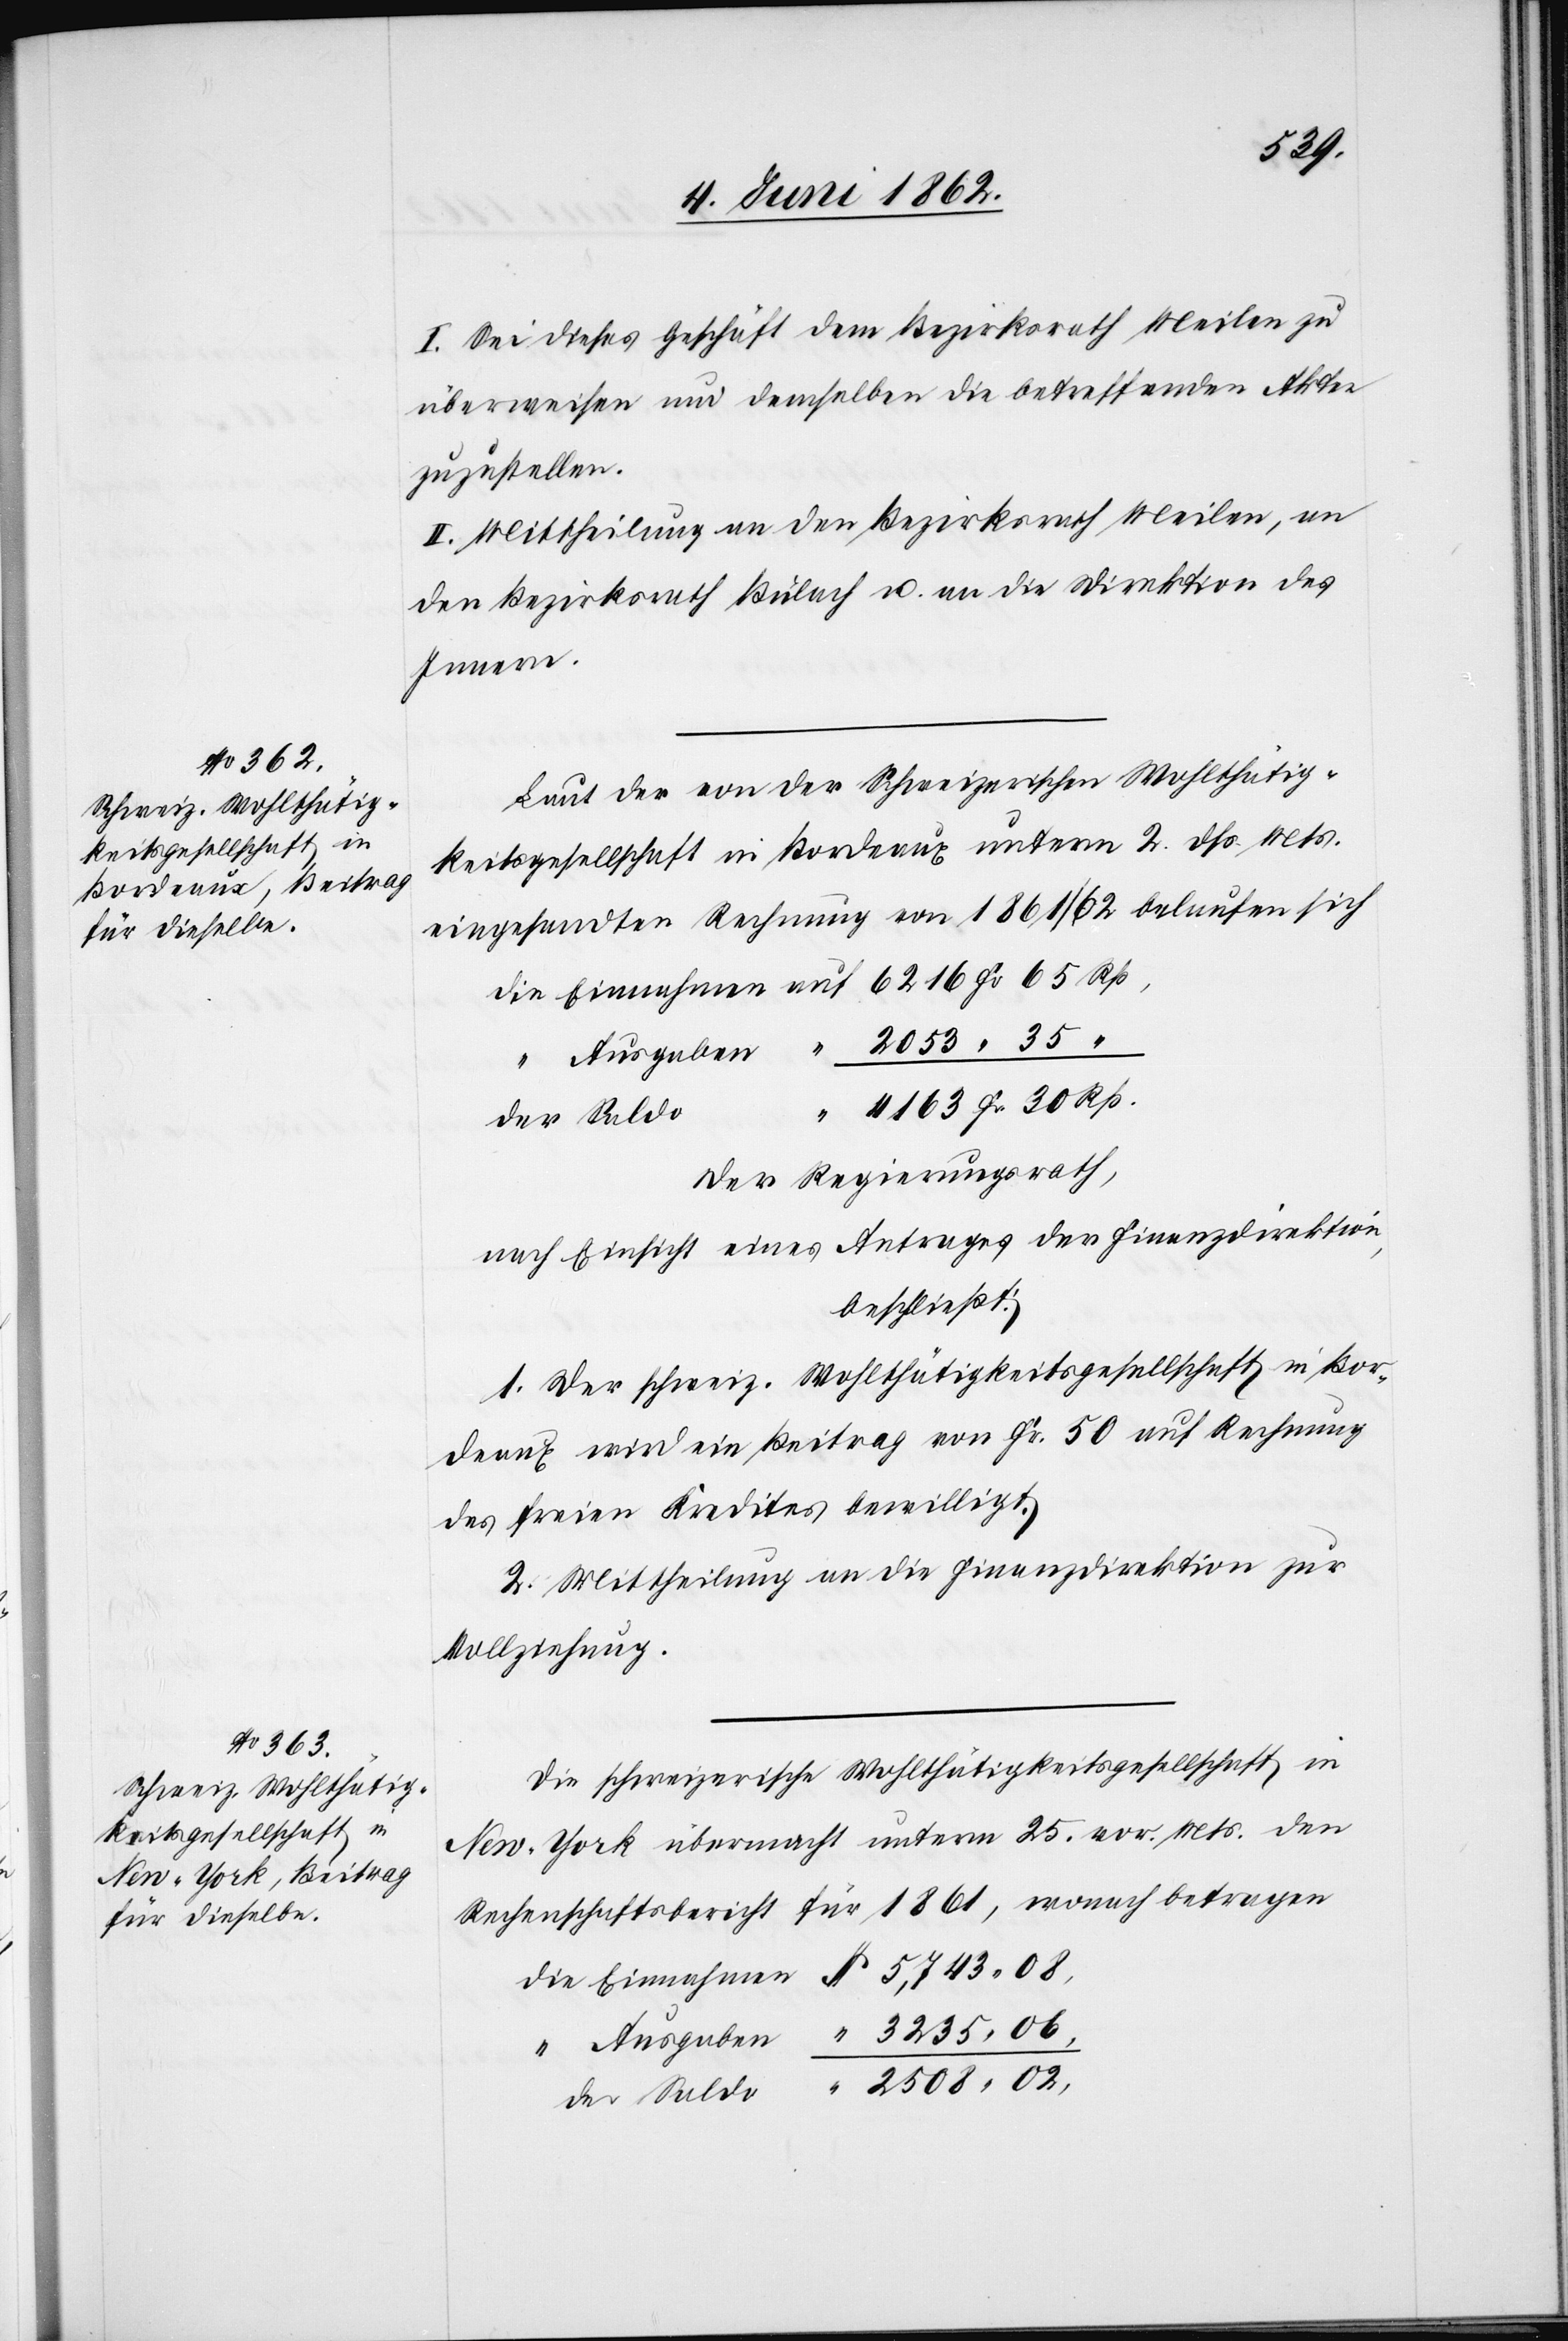
08,
I. Sei dieses Geschäft dem Bezirksrath Meilen zu
überweisen und demselben die betreffenden Akten
zuzustellen.
II. Mittheilung an den Bezirksrath Meilen, an
den Bezirksrath Bülach u. an die Direktion des
Innern.
Laut der von der Schweizerischen Wohlthätig¬
keitsgesellschaft in Bordeaux unterm 2. dß. Mts.
eingesandten Rechnung von 1861/62 belaufen sich
Rp.
Ausgaben
“
Der Regierungsrath,
nach Einsicht eines Antrages der Finanzdirektion,
beschließt:
1. Der schweiz. Wohlthätigkeitsgesellschaft in Bor¬
deaux wird ein Beitrag von Fr. 50 auf Rechnung
des freien Kredites bewilligt.
2. Mittheilung an die Finanzdirektion zur
Vollziehung.
Die schweizerische Wohlthätigkeitsgesellschaft in
New-York übermacht unterm 25. vor. Mts. den
Rechenschaftsbericht für 1861, wonach betragen